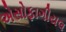
એસોફાગીયલ